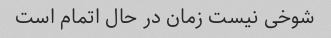
شوخی نیست زمان در حال اتمام است